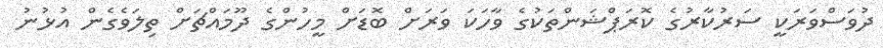
ދުވަސްވަރަކީ ސަރުކާރުގެ ކޮރަޕްޝަންތަކުގެ ވާހަކަ ވަރަށް ބޮޑަށް މީހުންގެ ދޫމައްޗަށް ތިލަވެގެން އުޅުނު